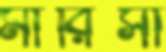
মারিসা